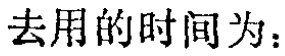
去用的时间为：